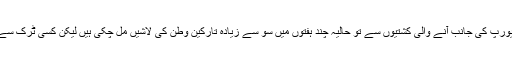
خیال رہے کہ اس سے قبل سمندر میں یورپ کی جانب آنے والی کشتیوں سے تو حالیہ چند ہفتوں میں سو سے زیادہ تارکینِ وطن کی لاشیں مل چکی ہیں لیکن کسی ٹرک سے ایسی لاشیں ملنے کا یہ پہلا واقعہ ہے۔